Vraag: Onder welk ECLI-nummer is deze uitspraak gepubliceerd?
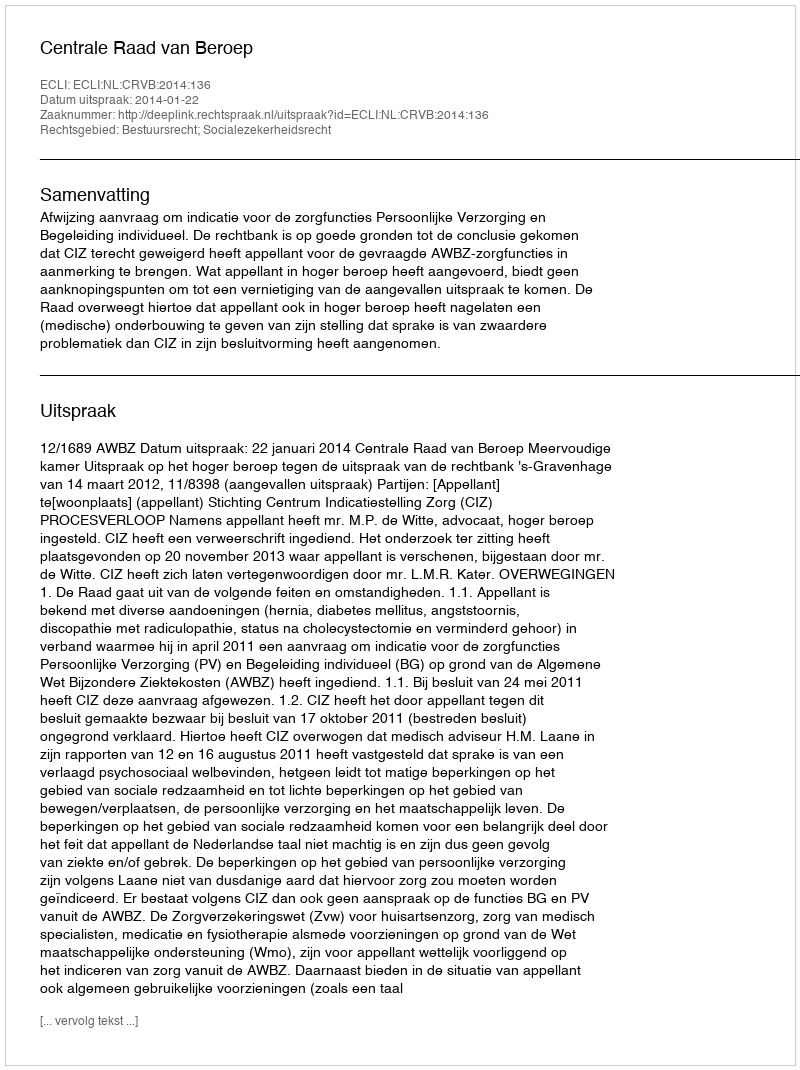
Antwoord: ECLI:NL:CRVB:2014:136